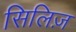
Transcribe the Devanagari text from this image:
सिलिज़